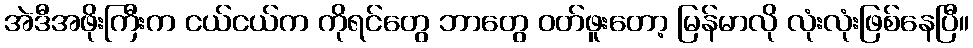
အဲဒီအဖိုးကြီးက ငယ်ငယ်က ကိုရင်တွေ ဘာတွေ ဝတ်ဖူးတော့ မြန်မာလို လုံးလုံးဖြစ်နေပြီ။